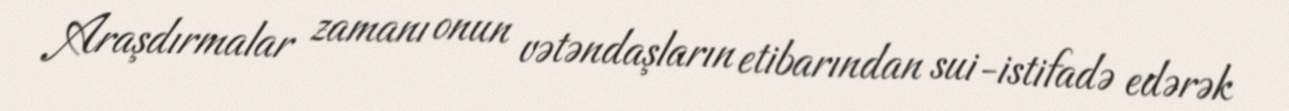
Araşdırmalar zamanı onun vətəndaşların etibarından sui-istifadə edərək